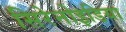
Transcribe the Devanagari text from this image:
सिरेनोइडिया